Civil Veterinary Dept. Bombay admin report 1907-1913 - 1907-1913
Year: 1907
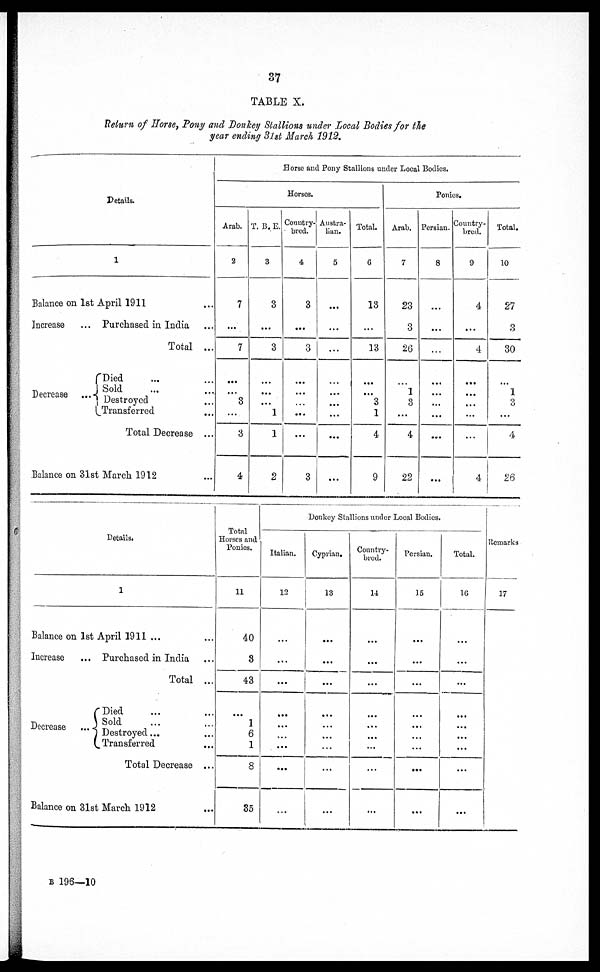
37
TABLE X.
Return of Hores Pony and Donkey Stallions under Local Bodies for the
year ending 3lst March 1912.
Details.
1
Balance on 1st April 1911 ...
Increase
... Purchased in India ...
Total ...
Decrease
Died ... ...
Sold ... ...
Destroyed ...
Transferred ...
Total Decrease ...
Balance on 31st March 1912 ...
Horse and Pony Stallions under Local Bodies.
Horses.
Arab.
2
7
...
7
...
…
3
...
3
4
T. B. E.
3
3
...
3
…
…
...
1
1
2
Country-
bred.
4
3
...
3
...
...
...
...
...
3
Austra-
lian.
5
...
...
...
...
...
...
...
...
...
Total.
6
13
...
13
...
...
3
1
4
9
Ponies.
Arab.
7
23
3
26
...
1
3
...
4
22
Persian.
8
...
...
...
...
...
...
...
...
...
Country-
bred.
9
4
...
4
...
...
...
...
...
4
Total.
10
27
3
30
...
1
3
...
4
26
Details.
1
Balance on 1st April 1911 ... ...
Increase
... Purchased in India
Total ...
Decrease ...
Died ... ...
Sold ... ...
Destroyed ... ...
Transferred ...
Total Decrease ...
Balance on 31st March 1912
Total
Horses and
Ponies.
11
40
8
43
…
1
6
1
8
35
Donkey Stallions under Local Bodies.
Italian.
12
…
...
...
…
…
...
...
...
...
Cyprian.
13
…
...
...
…
…
...
…
...
...
Country-
bred.
14
…
...
...
…
...
...
...
...
...
Persian.
15
…
...
...
…
...
...
...
...
...
Total.
16
…
...
...
…
...
...
...
...
...
Remarks
17
B 196—10